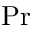
\operatorname* { P r }